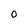
Character: O